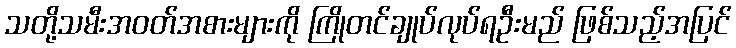
သတို့သမီးအဝတ်အစားများကို ကြိုတင်ချုပ်လုပ်ရဦးမည် ဖြစ်သည့်အပြင်